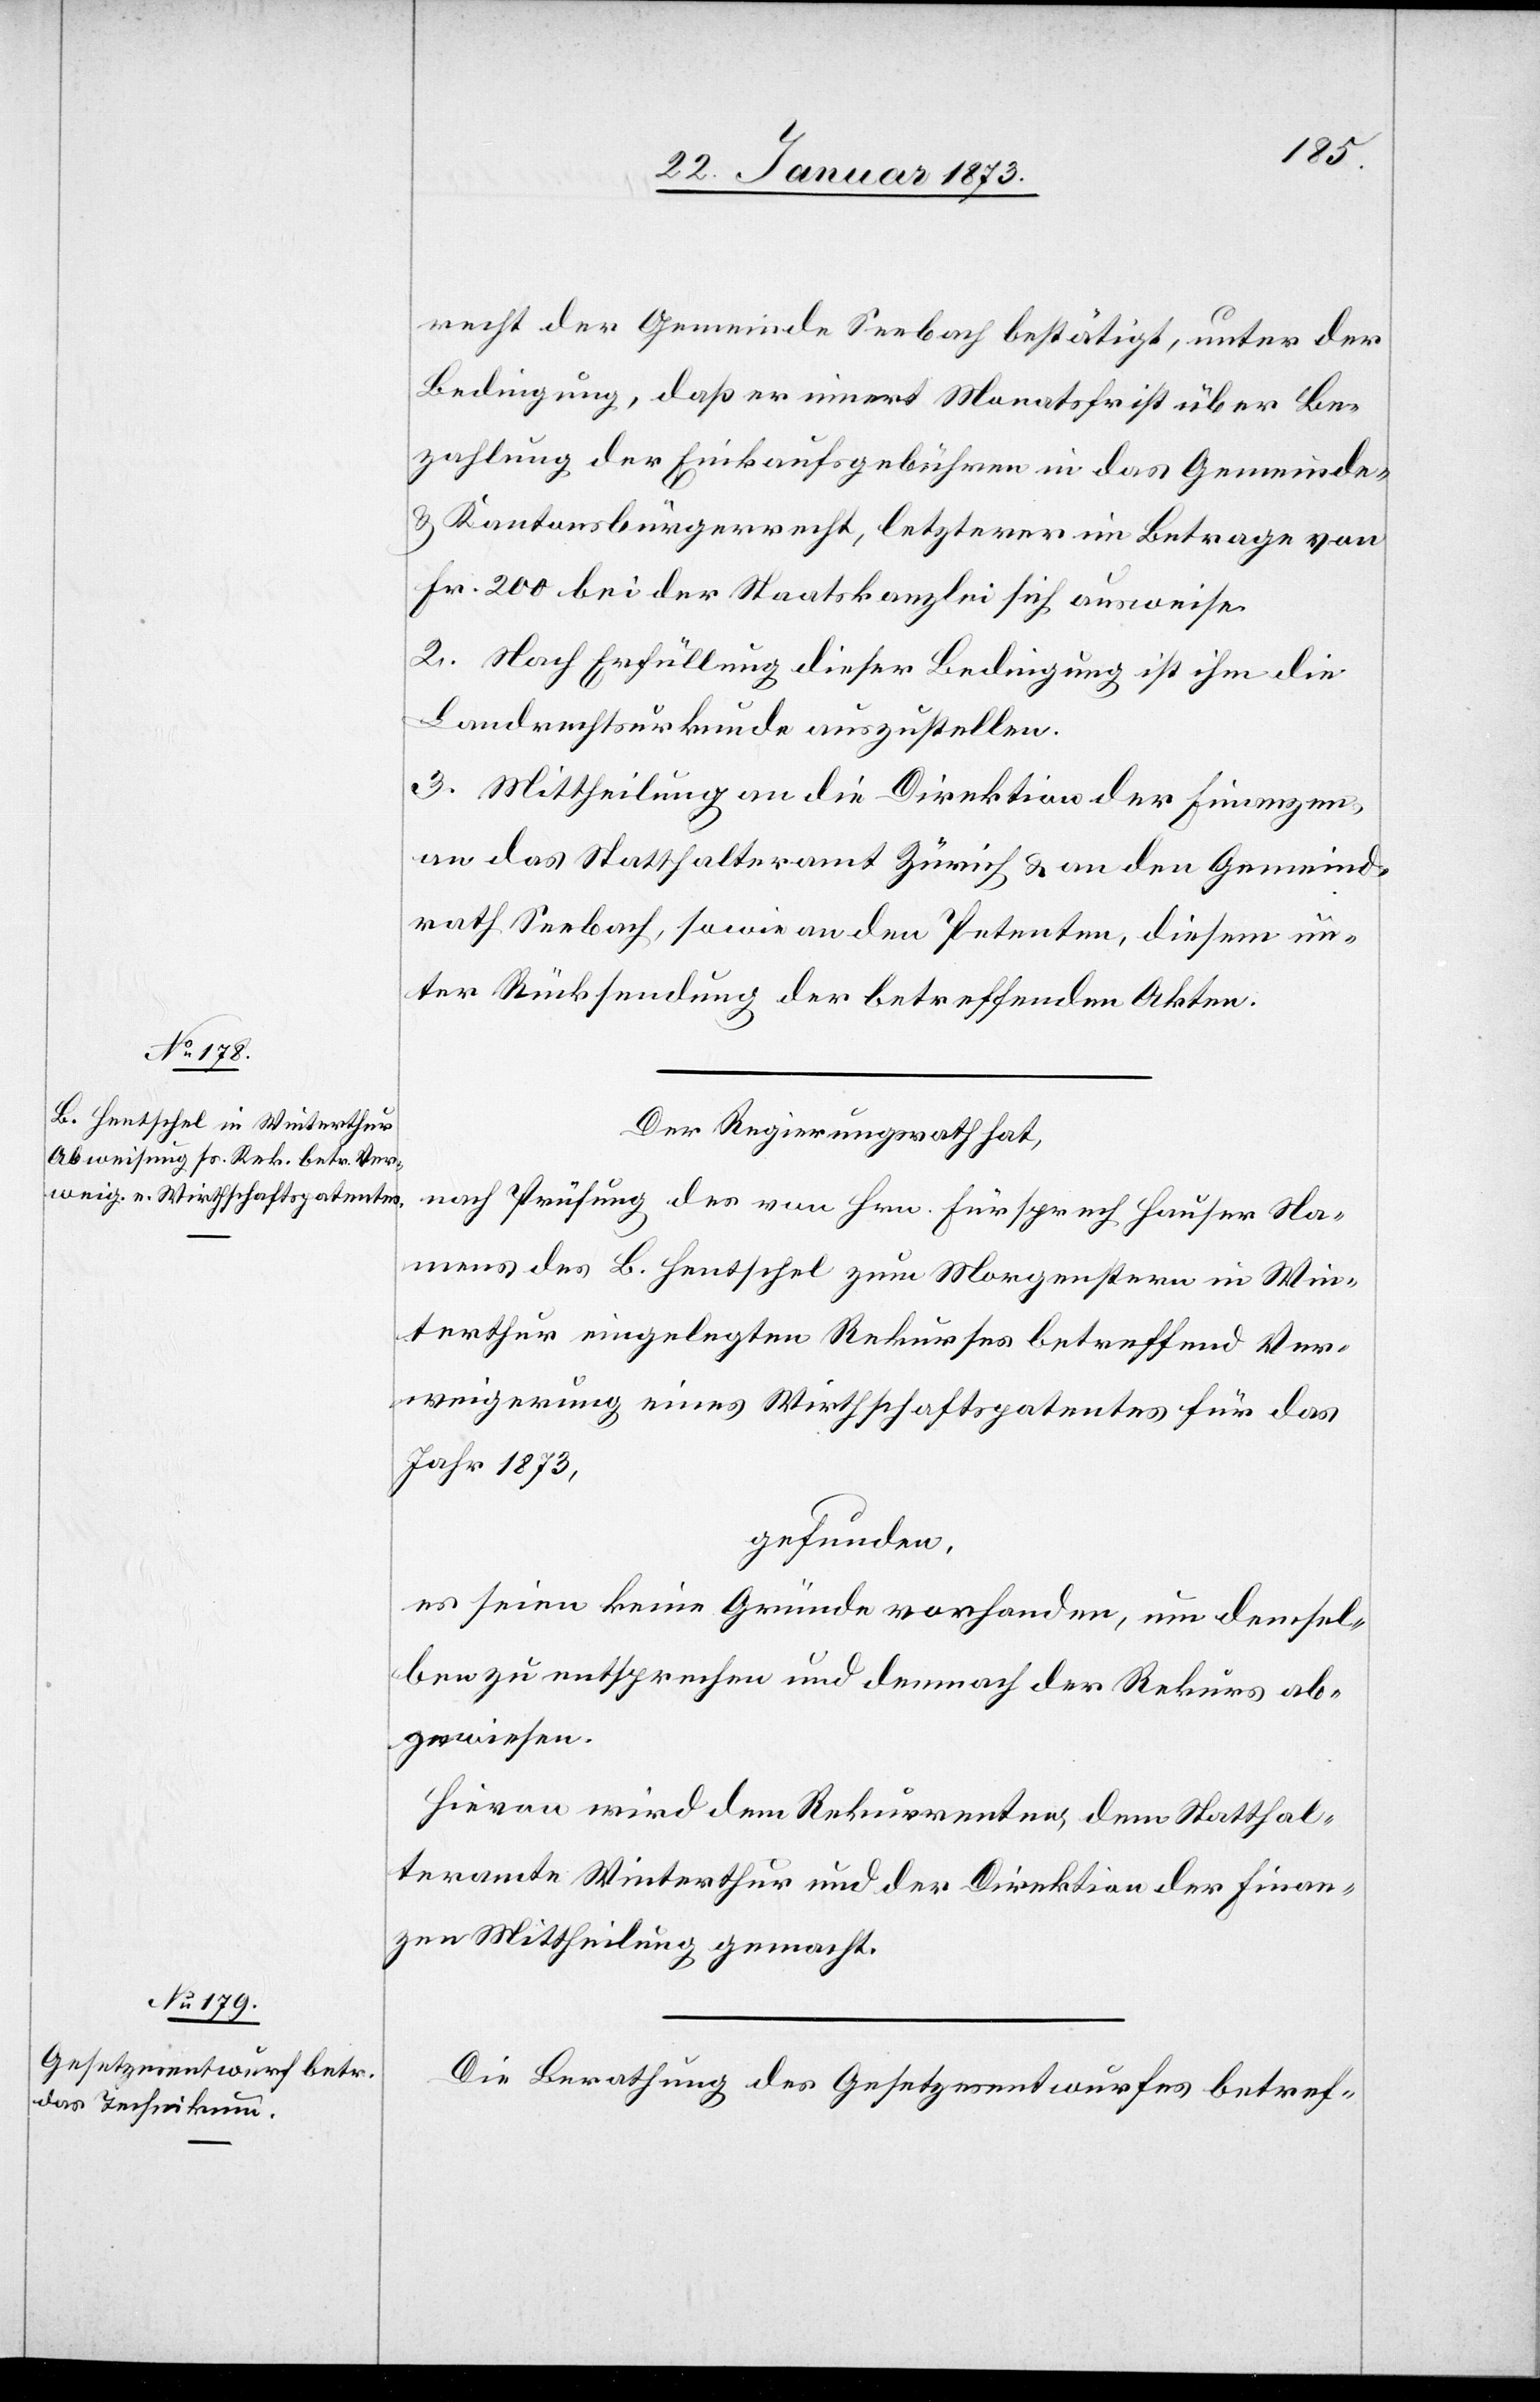
recht der Gemeinde Seebach bestätigt, unter der
Bedingung, daß er innert Monatsfrist über Be¬
zahlung der Einkaufsgebühren in das Gemeinde-
u. Kantonsbürgerrecht, letzterer im Betrage von
Fr. 200 bei der Staatskanzlei sich ausweise.
2. Nach Erfüllung dieser Bedingung ist ihm die
Landrechtsurkunde auszustellen.
3. Mittheilung an die Direktion der Finanzen,
an das Statthalteramt Zürich u. an den Gemeind¬
rath Seebach, sowie an den Petenten, diesem un¬
ter Rücksendung der betreffenden Akten.
Der Regierungsrath hat,
nach Prüfung des von Hrn. Fürsprech Hauser Na¬
mens des B. Hentschel zum Morgenstern in Win¬
terthur eingelegten Rekurses betreffend Ver¬
weigerung eines Wirthschaftspatentes für das
Jahr 1873,
gefunden,
es seien keine Gründe vorhanden, neu demsel¬
ben zu entsprechen und demnach der Rekurs ab¬
gewiesen.
Hievon wird dem Rekurrenten, dem Statthal¬
teramte Winterthur und der Direktion der Finan¬
zen Mittheilung gemacht.
Die Berathung des Gesetzesentwurfes betref-